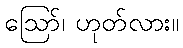
ဪ၊ ဟုတ်လား။